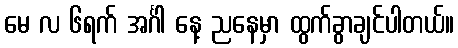
မေ လ ၆ရက် အင်္ဂါ နေ့ ညနေမှာ ထွက်ခွာချင်ပါတယ်။